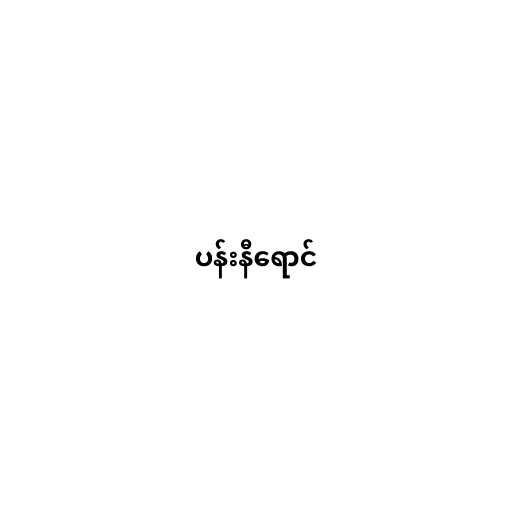
ပန်းနီရောင်